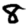
Digit: 8